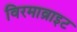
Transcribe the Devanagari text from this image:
विरमाव्राइट